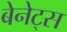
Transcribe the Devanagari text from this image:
बेनेट्स